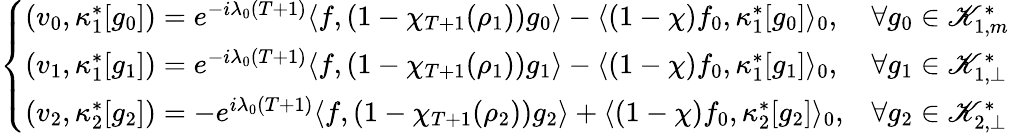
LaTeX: \left\{ \begin{array}{ll}{(v_{0},\kappa_{1}^{*}[g_{0}])=e^{-i\lambda_{0}(T+1)}\langle f,(1-\chi_{T+1}(\rho_{1}))g_{0}\rangle-\langle(1-\chi)f_{0},\kappa_{1}^{*}[g_{0}]\rangle_{0},}&{\forall g_{0}\in\mathscr K_{1,m}^{*}}\\ {(v_{1},\kappa_{1}^{*}[g_{1}])=e^{-i\lambda_{0}(T+1)}\langle f,(1-\chi_{T+1}(\rho_{1}))g_{1}\rangle-\langle(1-\chi)f_{0},\kappa_{1}^{*}[g_{1}]\rangle_{0},}&{\forall g_{1}\in\mathscr K_{1,\perp}^{*}}\\ {(v_{2},\kappa_{2}^{*}[g_{2}])=-e^{i\lambda_{0}(T+1)}\langle f,(1-\chi_{T+1}(\rho_{2}))g_{2}\rangle+\langle(1-\chi)f_{0},\kappa_{2}^{*}[g_{2}]\rangle_{0},}&{\forall g_{2}\in\mathscr K_{2,\perp}^{*}}\end{array}\right.